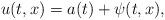
LaTeX: \begin{align*}u(t,x)=a(t)+\psi (t,x), \end{align*}